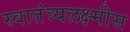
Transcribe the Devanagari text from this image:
स्वातंत्र्यलक्ष्मीस